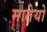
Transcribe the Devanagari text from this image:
मातेयो